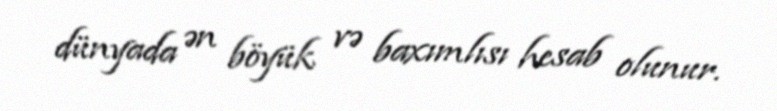
dünyada ən böyük və baxımlısı hesab olunur.